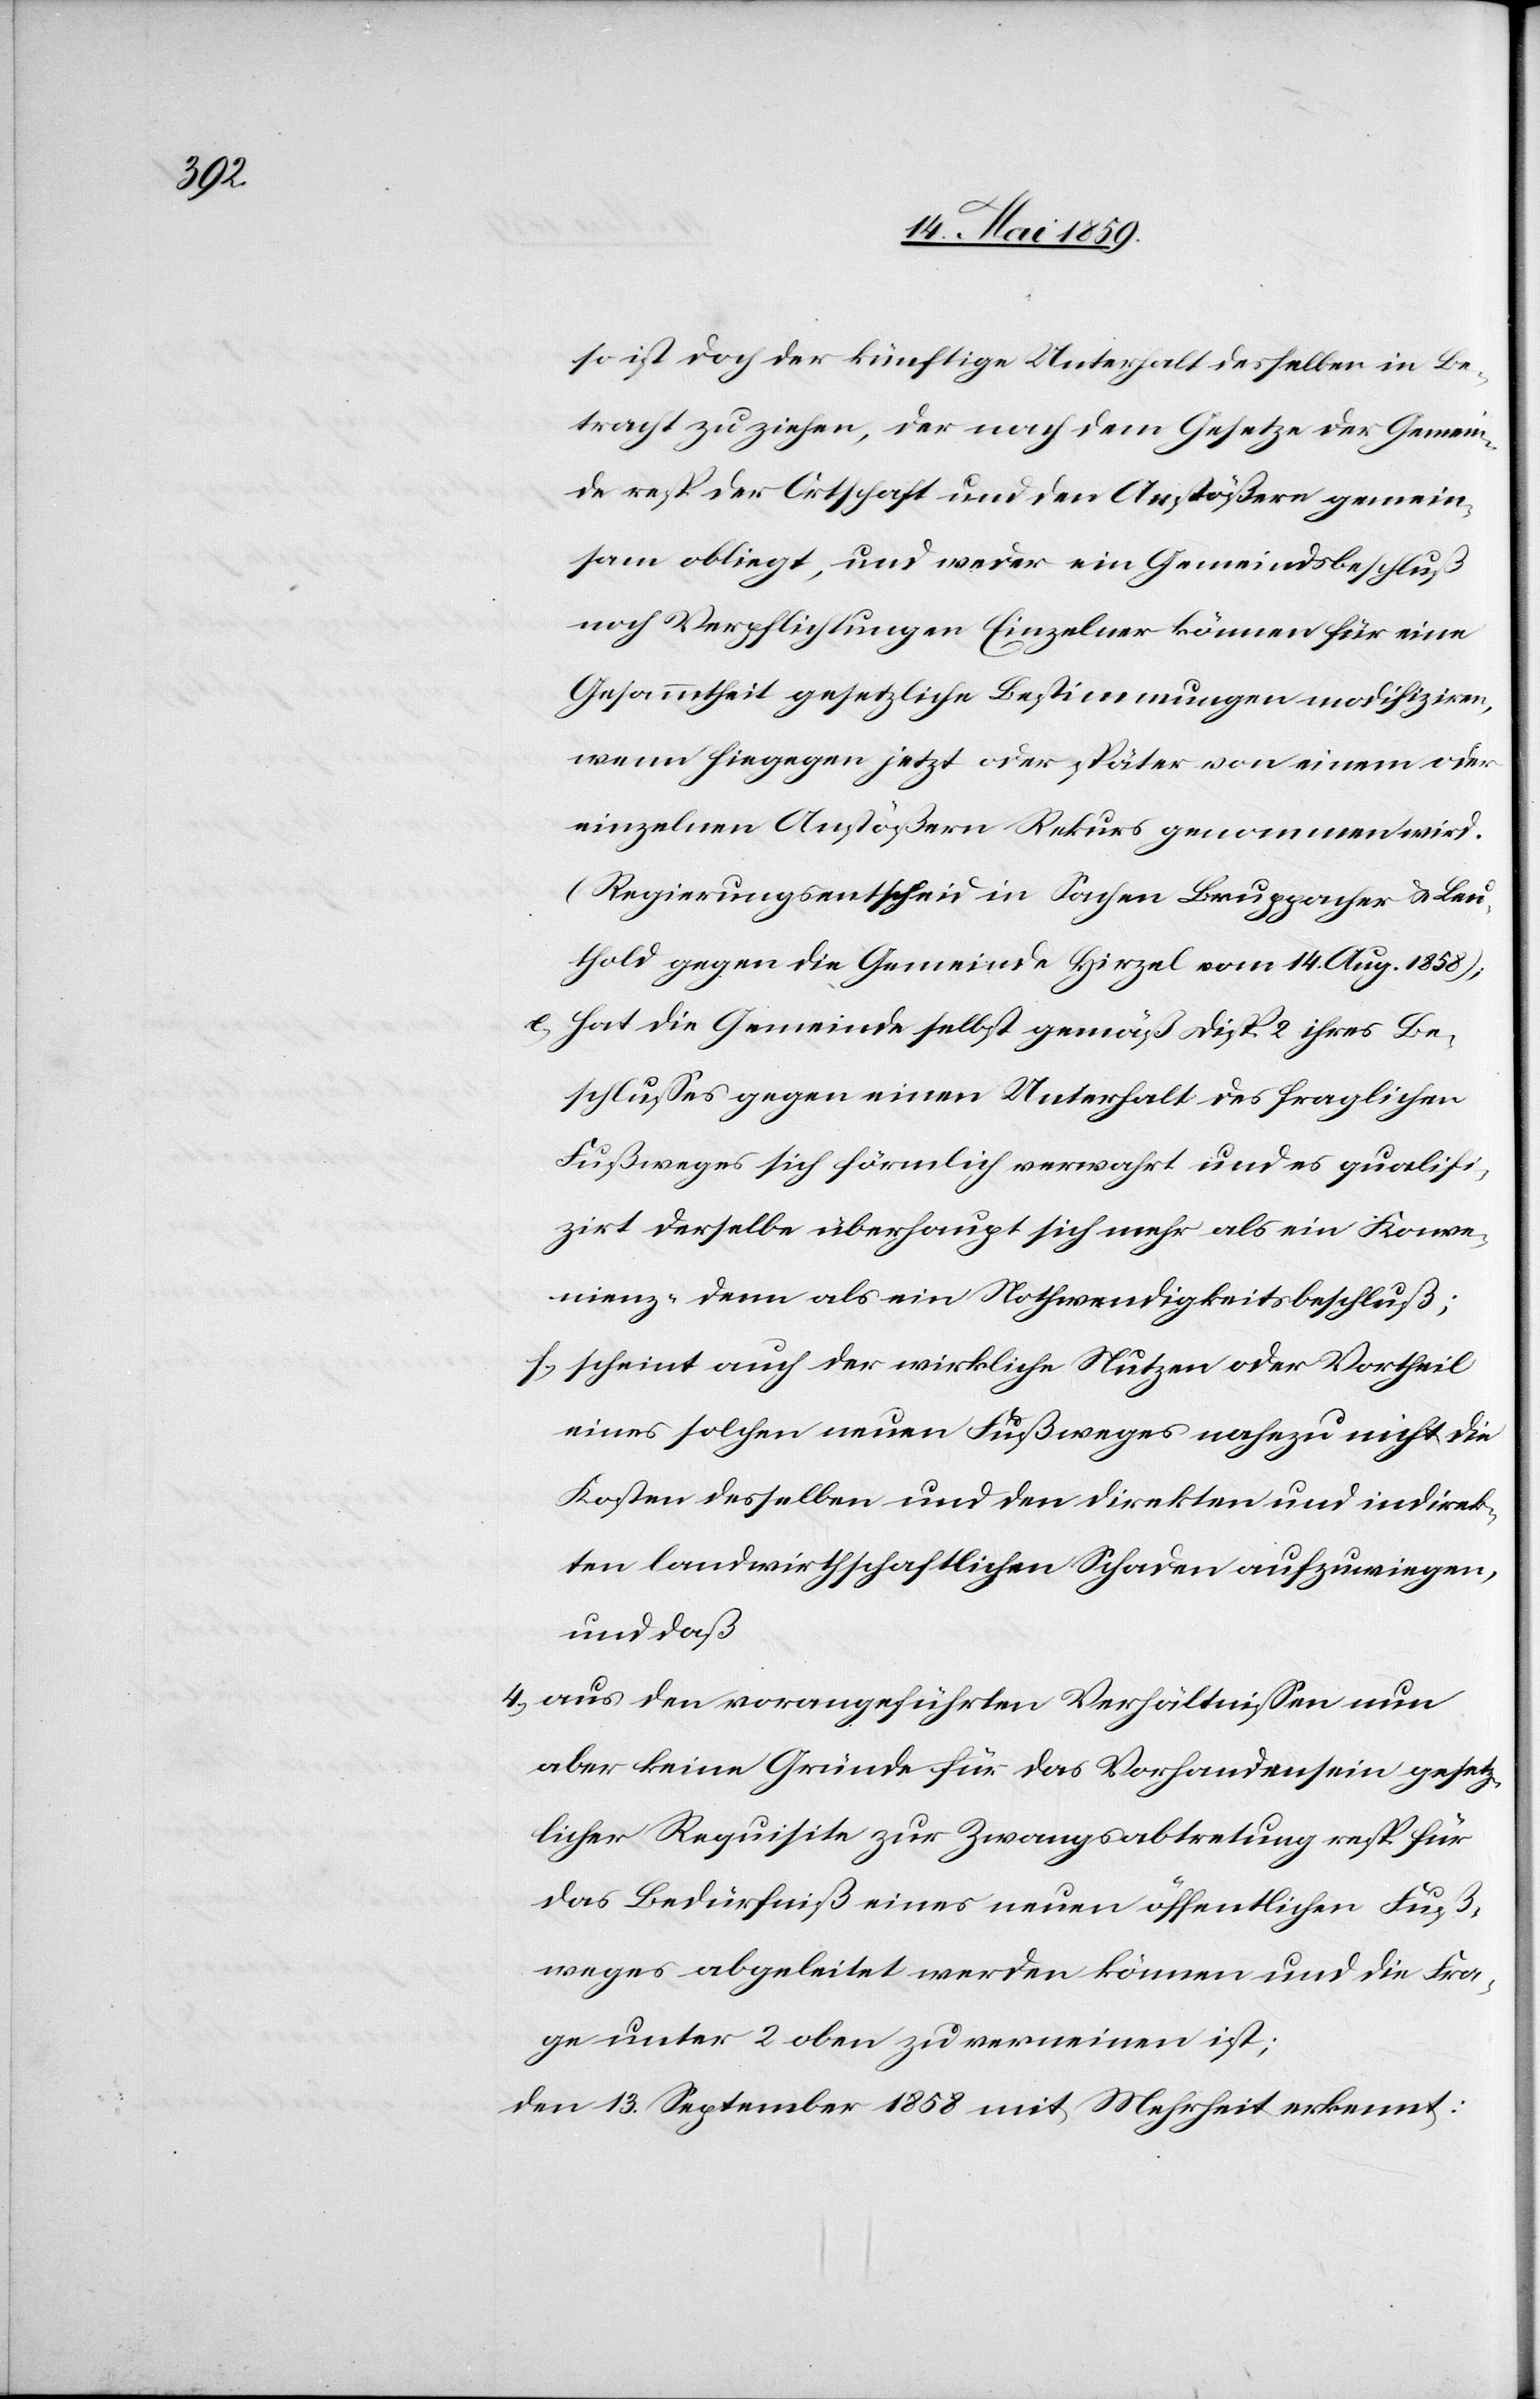
so ist doch der künftige Unterhalt desselben in Be¬
tracht zu ziehen, der nach dem Gesetze der Gemein¬
de resp. der Ortschaft und den Anstößern gemein¬
sam obliegt, und weder ein Gemeindsbeschluß
noch Verpflichtungen Einzelner können für eine
Gesammtheit gesetzliche Bestimmungen modifiziren,
wenn hiegegen jetzt oder später von einem oder
einzelnen Anstößern Rekurs genommen wird.
(Regierungsentscheid in Sachen Bruppacher & Leu¬
thold gegen die Gemeinde Hirzel vom 14. Aug. 1858);
e) hat die Gemeinde selbst gemäß Disp. 2 ihres Be¬
schlußes gegen einen Unterhalt des fraglichen
Fußweges sich förmlich verwahrt und es qualifi¬
zirt derselbe überhaupt sich mehr als ein Konve¬
nienz- denn als ein Nothwendigkeitsbeschluß;
f) scheint auch der wirkliche Nutzen oder Vortheil
eines solchen neuen Fußweges nahezu nicht die
Kosten desselben und den direkten und indirek¬
ten landwirthschaftlichen Schaden aufzuwiegen,
und daß
4) aus den vorangeführten Verhältnißen nun
aber keine Gründe für das Vorhandensein gesetz¬
licher Requisite zur Zwangsabtretung resp. für
das Bedürfniß eines neuen öffentlichen Fuß¬
weges abgeleitet werden können und die Fra¬
ge unter 2 oben zu verneinen ist;
den 13. September 1858 mit Mehrheit erkannt: